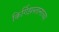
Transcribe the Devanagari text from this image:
किर्गिझस्तानाच्या